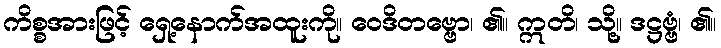
ကိစ္စအားဖြင့် ရှေ့နောက်အထူးကို။ ဝေဒိတဗ္ဗော၊ ၏။ ဣတိ၊ သို့။ ဒဋ္ဌဗ္ဗံ၊ ၏။